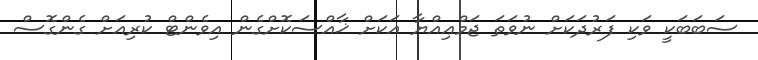
ސަބަބަކީ ވަކި ފަރުދަކަށް ނުވަތަ ޖަމްޢިއްޔާ އަކަށް ޚާއްސަކޮށްގެން އިވެންޓް ކުރިއަށް ގެންގޮސް